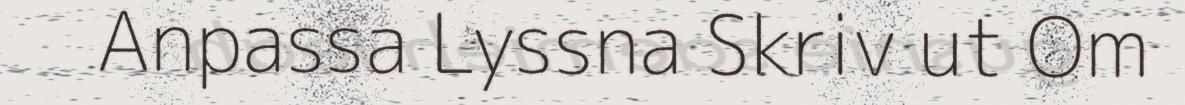
Anpassa Lyssna Skriv ut Om